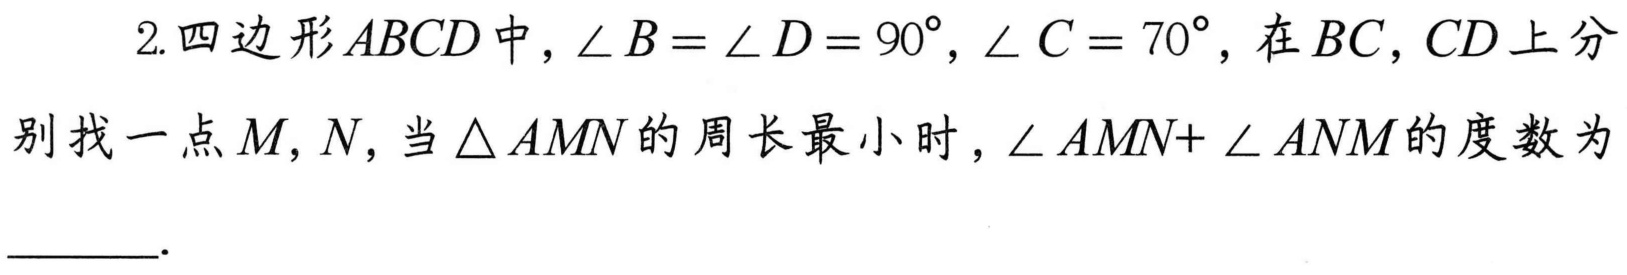
2. 四边形\(ABCD\)中，\(\angle B = \angle D = 90^{\circ}\)，\(\angle C = 70^{\circ}\)，在\(BC\)，\(CD\)上分别找一点\(M,N\)，当\(\triangle AMN\)的周长最小时，\(\angle AMN + \angle ANM\)的度数为  ．